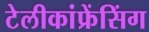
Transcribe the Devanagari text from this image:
टेलीकांफ्रेंसिंग